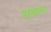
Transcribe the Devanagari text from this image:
सरसावतात